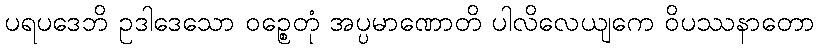
ပရပဒေဘိ ဥဒါဒေသော ဝဉ္စေတုံ အပ္ပမာဏောတိ ပါလိလေယျကေ ဝိပဿနာတော